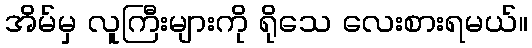
အိမ်မှ လူကြီးများကို ရိုသေ လေးစားရမယ်။